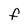
Character: F